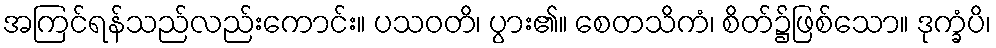
အကြင်ရန်သည်လည်းကောင်း။ ပသဝတိ၊ ပွား၏။ စေတသိကံ၊ စိတ်၌ဖြစ်သော။ ဒုက္ခံပိ၊